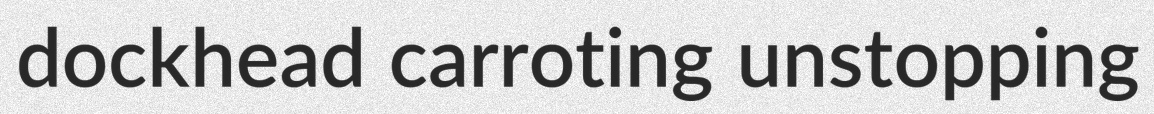
dockhead carroting unstopping